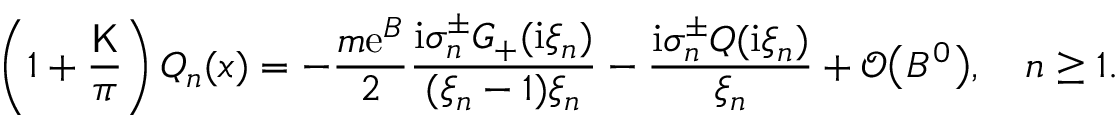
\left( 1 + \frac { \mathsf { K } } { \pi } \right) Q _ { n } ( x ) = - \frac { m \mathrm { e } ^ { B } } { 2 } \frac { \mathrm { i } \sigma _ { n } ^ { \pm } G _ { + } ( \mathrm { i } \xi _ { n } ) } { ( \xi _ { n } - 1 ) \xi _ { n } } - \frac { \mathrm { i } \sigma _ { n } ^ { \pm } Q ( \mathrm { i } \xi _ { n } ) } { \xi _ { n } } + \mathcal { O } \big ( B ^ { 0 } \big ) , \quad n \ge 1 .